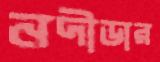
নদীডার